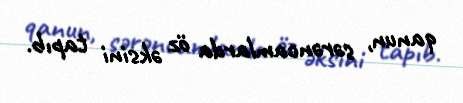
qanun, sərəncamlarda öz əksini tapıb.